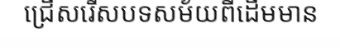
ជ្រើសរើសបទសម័យពីដើមមាន